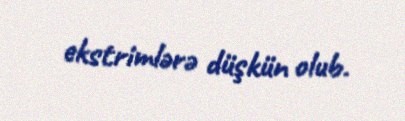
ekstrimlərə düşkün olub.